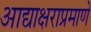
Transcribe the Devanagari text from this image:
आद्याक्षराप्रमाणे